Annual statistical returns and brief notes on vaccination in Bengal - 1896-1909
Year: 1896
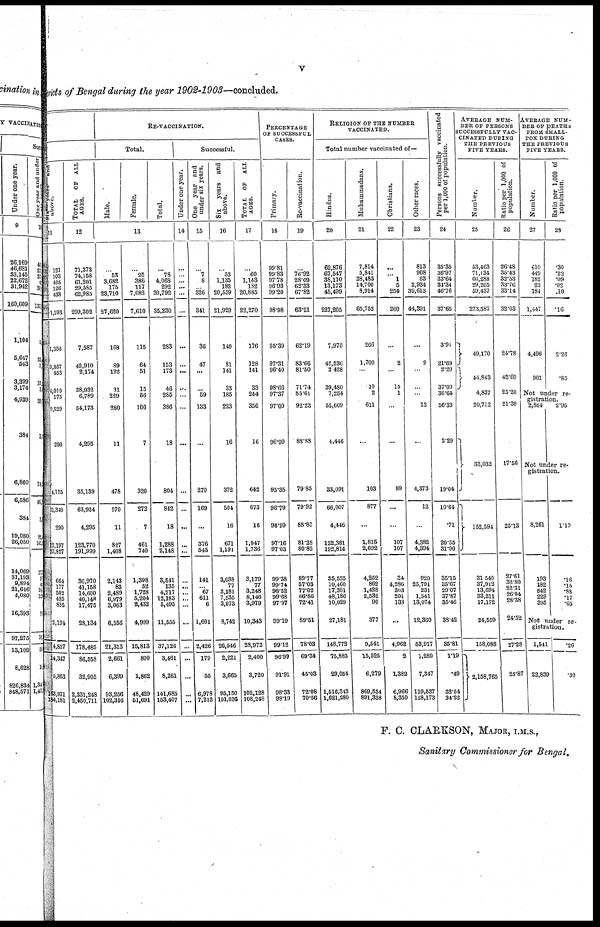
v
Districts of Bengal during the pear 1902-1903—concluded.
Six
years
and
above.
11
121
103
405
126
438
1,193
1,358
3,857
453
4,010
175
9,529
290
4,155
11,340
290
12,197
23,827
664
177
502
435
835
2,194
4,857
14,347
5,863
163,971
184,181
TOTAL
OF ALL
AGES.
12
71,373
74,158
61,201
29,585
62,985
299,302
7,587
42.910
2,174
38,932
6,789
54,173
4,295
35,139
63,934
4,295
123,770
191,999
36,970
41,158
14,600
40,148
17,475
28,134
178,485
86,558
32,905
2,331,248
2,450,711
RE-VACCINATION.
Total.
Male.
Female.
Total.
13
...
53
3,682
175
23,710
27,620
168
89
122
31
229
280
11
478
570
11
827
1,408
2,143
83
2,489
6,979
3,063
6,556
21,313
2,661
6,399
93,256
102,316
...
25
386
117
7,082
7,610
115
64
51
15
56
106
7
326
272
7
461
740
1,398
52
1,728
6,204
2,432
4,999
15,813
800
1,862
48,429
61,091
...
78
4,068
292
30,792
35,230
283
153
173
46
285
386
18
804
842
18
1,288
2,148
3,541
135
4,217
12,183
5,495
11,555
37,126
3,461
8,261
141,685
153,407
Successful.
Under one year.
14
...
...
...
...
...
...
...
...
...
...
...
...
...
...
...
...
...
...
...
...
...
...
...
...
...
...
...
One year and
under six years.
15
...
7
8
... 326
341
36
47
...
...
59
133
...
270
169
...
376
545
141
... 67
611
6
1,601
2,426
179
65
6,978
7,212
Six years and
above.
16
...
53
1,135
182
20,559
21,929
140
81
141
33
185
223
16
372
504
16
671
1,191
3,038
77
3,181
7,535
3,973
8,742
26,546
2,221
3,665
96,150
101,036
TOTAL OF ALL
AGES.
17
...
60
1,143
182
20,885
22,270
176
128
141
33
244
356
16
642
673
16
1,047
1,736
3,179
77
3,248
8,146
3,979
10,343
28,972
2,400
3,720
102,128
108,248
PERCENTAGE
OF SUCCESSFUL
CASES.
Primary.
18
99.81
99.83
97.78
96.93
99.20
98.98
95.39
97.31
96.40
98.66
97.37
97.00
96.99
95.35
96.79
90.99
97.16
97.03
99.38
99.74
96.52
99.68
97.97
99.19
99.12
96.99
91.91
98-33
98-19
Re-vaccination.
19
...
76.92
28.09
62.33
67.82
63.21
62.19
83.66
81.50
71.74
85.61
92.23
88.88
79.85
79.92
88.88
81.28
80.82
89.77
57.03
77.02
66.86
72.41
89.51
78-03
69-34
45.03
72.08
70.56
RELIGION OF THE NUMBER
VACCIANTED.
Total number vaccinated of—
Hindus.
20
62,876
67,547
38,110
13,173
45,499
227,205
7,970
42,536
2,428
39,480
7,254
55,609
4,446
33,091
66,007
4,416
122,361
192,814
35,535
10,460
17,381
48,186
10,029
27,181
148,772
75,883
29,054
1,516,343
1,621,280
Muhammadans.
21
7,814
5,841
28,483
14,700
8,914
65,752
266
1,700
...
10
2
611
...
103
877
...
1,816
2,692
4,252
862
1,428
2,532
90
377
9,641
15,525
6,279
869,534
891,338
Christians.
22
...
... 1
5
254
260
...
2
...
15
1
...
...
89
...
...
107
107
34
4,286
303
201
138
...
4,962
2
1,382
6,966
8,350
Other races.
23
813
968
63
2,934
39,613
44,391
...
9
...
...
...
12
...
4,373
12
...
4,382
4,394
920
25,791
231
1,541
13,074
12,360
63,917
1,289
7,347
119,537
128,173
Persons successfully vaccinated
per 1,000 of population.
24
35.35
36.97
33.64
34.34
46.76
37.65
3.91
21.69
2.20
37.09
36.64
56.33
2.29
19.04
10.64
.71
20.55
31.90
35.15
35.67
29.07
37.87
35.46
38.42
35.81
1.19
.49
32.54
34.22
AVERAGE NUM-
--- OF PERSONS
SUCCESSFULLY VAC-
CINATED DURING
THE PREVIOUS
FIVE YEARS.
Number.
25
53,463
71,134
60,288
29,265
59,437
273,587
49,170
44,843
4,837
20,712
33,032
152,594
31,540
37,912
13,694
33,211
17,172
24,559
158,088
2,168,765
Ratio per 1,000 of
population.
26
26.48
35.43
32.53
33.76
33.14
32.03
24.78
42.69
25.20
21.39
17.56
25.13
27.61
32.80
22.31
26.04
28.38
24.52
27.28
28.87
AVERAGE NUM-
--- OF DEATHS
FROM SMALL-
POX DURING
THE PREVIOUS
FIVE YEARS.
Number.
27
610
449
182
22
184
1,447
4,496
901
Ratio per 1,000 of
population.
28
.30
.22
.09
.02
.10
.16
2.26
.85
Not under re-
gistration.
2,864
2.95
Not under re-
gistration.
8,261
193
182
542
229
395
1.19
.16
.15
.88
.17
.65
Not under re-
gistration.
1,541
22,839
.26
.30
F. C. CLARKSON, MAJOR, I.M.S.,
Sanitary Commissioner for Bengal.